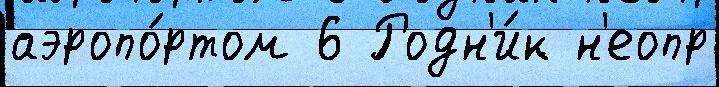
аэропо́ртом 6 Родн'и́к н'еопр